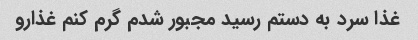
غذا سرد به دستم رسید مجبور شدم گرم کنم غذارو